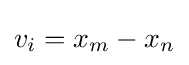
v_{i}=x_{m}-x_{n}